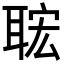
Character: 𦕹